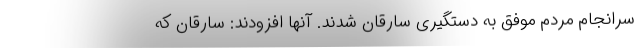
سرانجام مردم موفق به دستگیری سارقان شدند. آنها افزودند: سارقان که